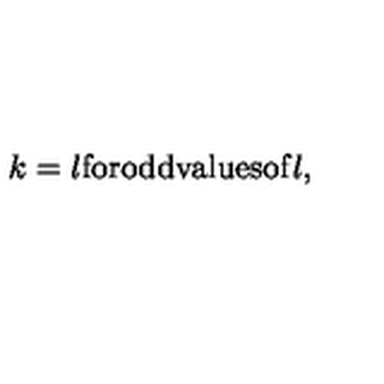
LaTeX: k = l \mathrm { f o r o d d v a l u e s o f } l ,